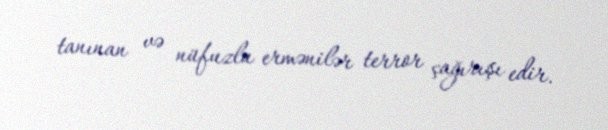
tanınan və nüfuzlu ermənilər terror çağırışı edir.